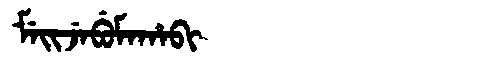
Manchu: ᠮᡝᡳᠵᡝᠪᡠᠮᠠᡥᠠᠪᡳ
Romanization: MEIJEBUMAHABI